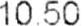
10.50